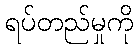
ရပ်တည်မှုကို